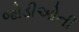
જોડીઓની